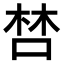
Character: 𠵂